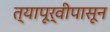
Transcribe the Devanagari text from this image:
त्यापूर्वीपासून